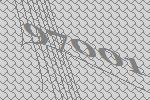
97001